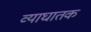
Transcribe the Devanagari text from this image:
व्याघातक